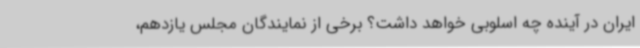
ایران در آینده چه اسلوبی خواهد داشت؟ برخی از نمایندگان مجلس یازدهم،